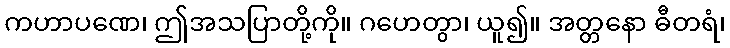
ကဟာပဏေ၊ ဤအသပြာတို့ကို။ ဂဟေတွာ၊ ယူ၍။ အတ္တနော ဓီတရံ၊